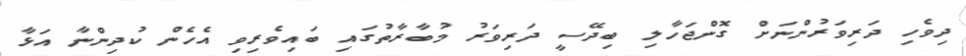
ދިވެހި ދަރިވަރުންނަށް ގޮންޖަހާލި ބިދޭސީ ދަރިވަރު މުބާރާތުގައި ބައިވެރިވި އެހެން ކުދިންނާ އަޅާ